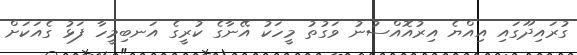
ގުރައިދޫގައި އިއްޔެ އިރުއޮއްސުނު ވަގުތު މީހަކު އޭނާގެ ކުރީގެ އަނބިމީހާ ފަޅު ގެއަކަށް